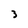
Character: 3